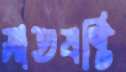
সাতষষ্টি